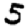
Digit: 5